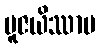
ပူဇယိဿာမ